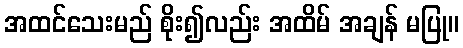
အထင်သေးမည် စိုး၍လည်း အထိမ် အချန် မပြု။